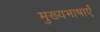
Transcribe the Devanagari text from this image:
मुख्यभाषाएँ